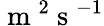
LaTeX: \mathrm{~m~}^{2}\mathrm{~s~}^{-1}